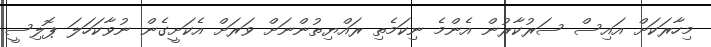
މިހާރަކަށް އައިސް ސަރުކާރުން އެންމެ ނިކަމެތި ރައްޔިތުންނަށް ވަރަށް އެކަށީގެން ނުވާކަހަލަ ޕޮލިސީ